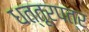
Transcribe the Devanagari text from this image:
धत्तूरपत्र